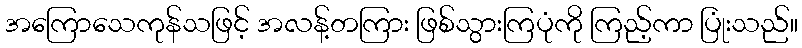
အကြောသေကုန်သဖြင့် အလန့်တကြား ဖြစ်သွားကြပုံကို ကြည့်ကာ ပြုံးသည်။